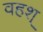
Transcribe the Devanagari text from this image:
वहश्